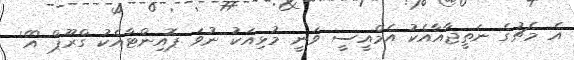
އެ މެޗުގެ ނަތީޖާއާއެކު އެމްއީސީ ވަނީ މުޅިއަކު ނުވަ ޕޮއިންޓާއެކު ގްރޫޕް 'އޭ'